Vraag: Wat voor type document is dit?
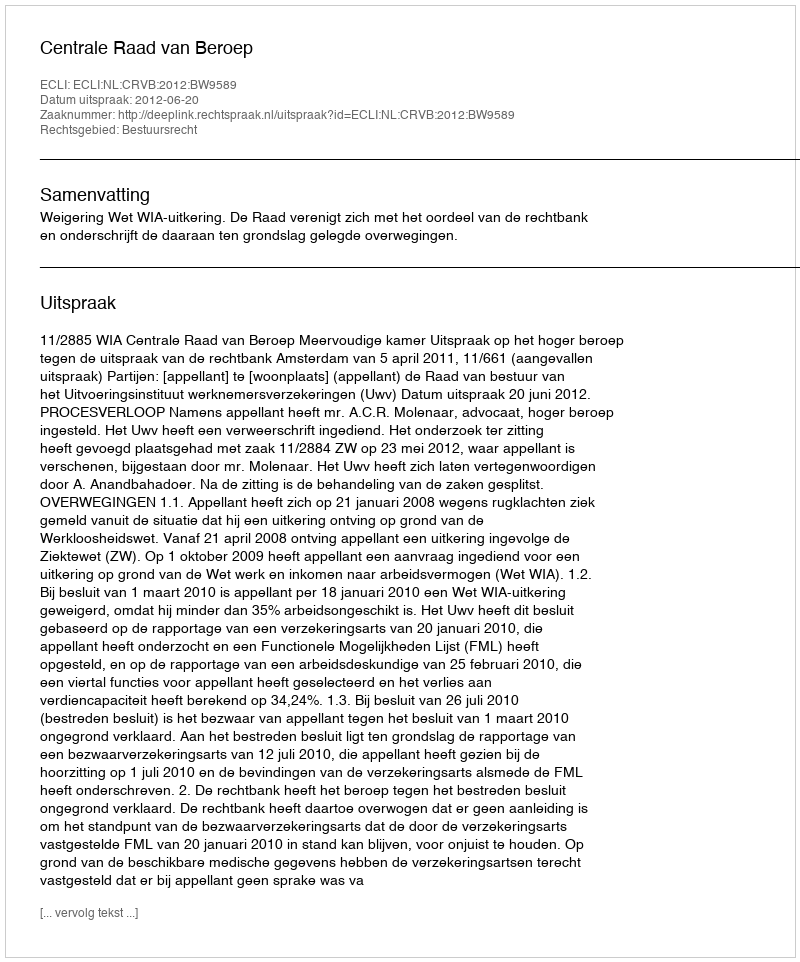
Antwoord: Uitspraak